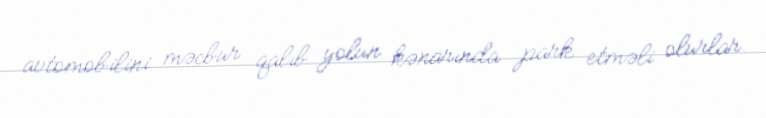
avtomobilini məcbur qalıb yolun kənarında park etməli olurlar.